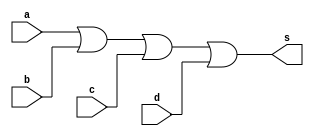
module or_4_bit (
    input wire a,
    input wire b,
    input wire c,
    input wire d,
    output wire s  
);

assign s = a || b || c || d;


endmodule